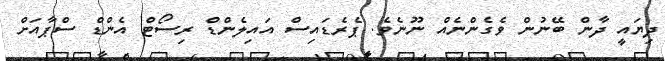
ދިޔައީ ދާން ބޭނުން ވެގެންނެއް ނޫނެވެ. ޕެރެޑައިސް އައިލެންޑް ރިސޯޓް އެންޑް ސްޕާއަށް